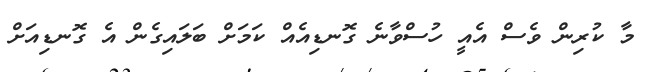
މާ ކުރިން ވެސް އެއީ ހުސްވާނެ ގޮނޑިއެއް ކަމަށް ބަލައިގެން އެ ގޮނޑިއަށް